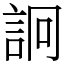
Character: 詗